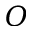
{ \cal O }